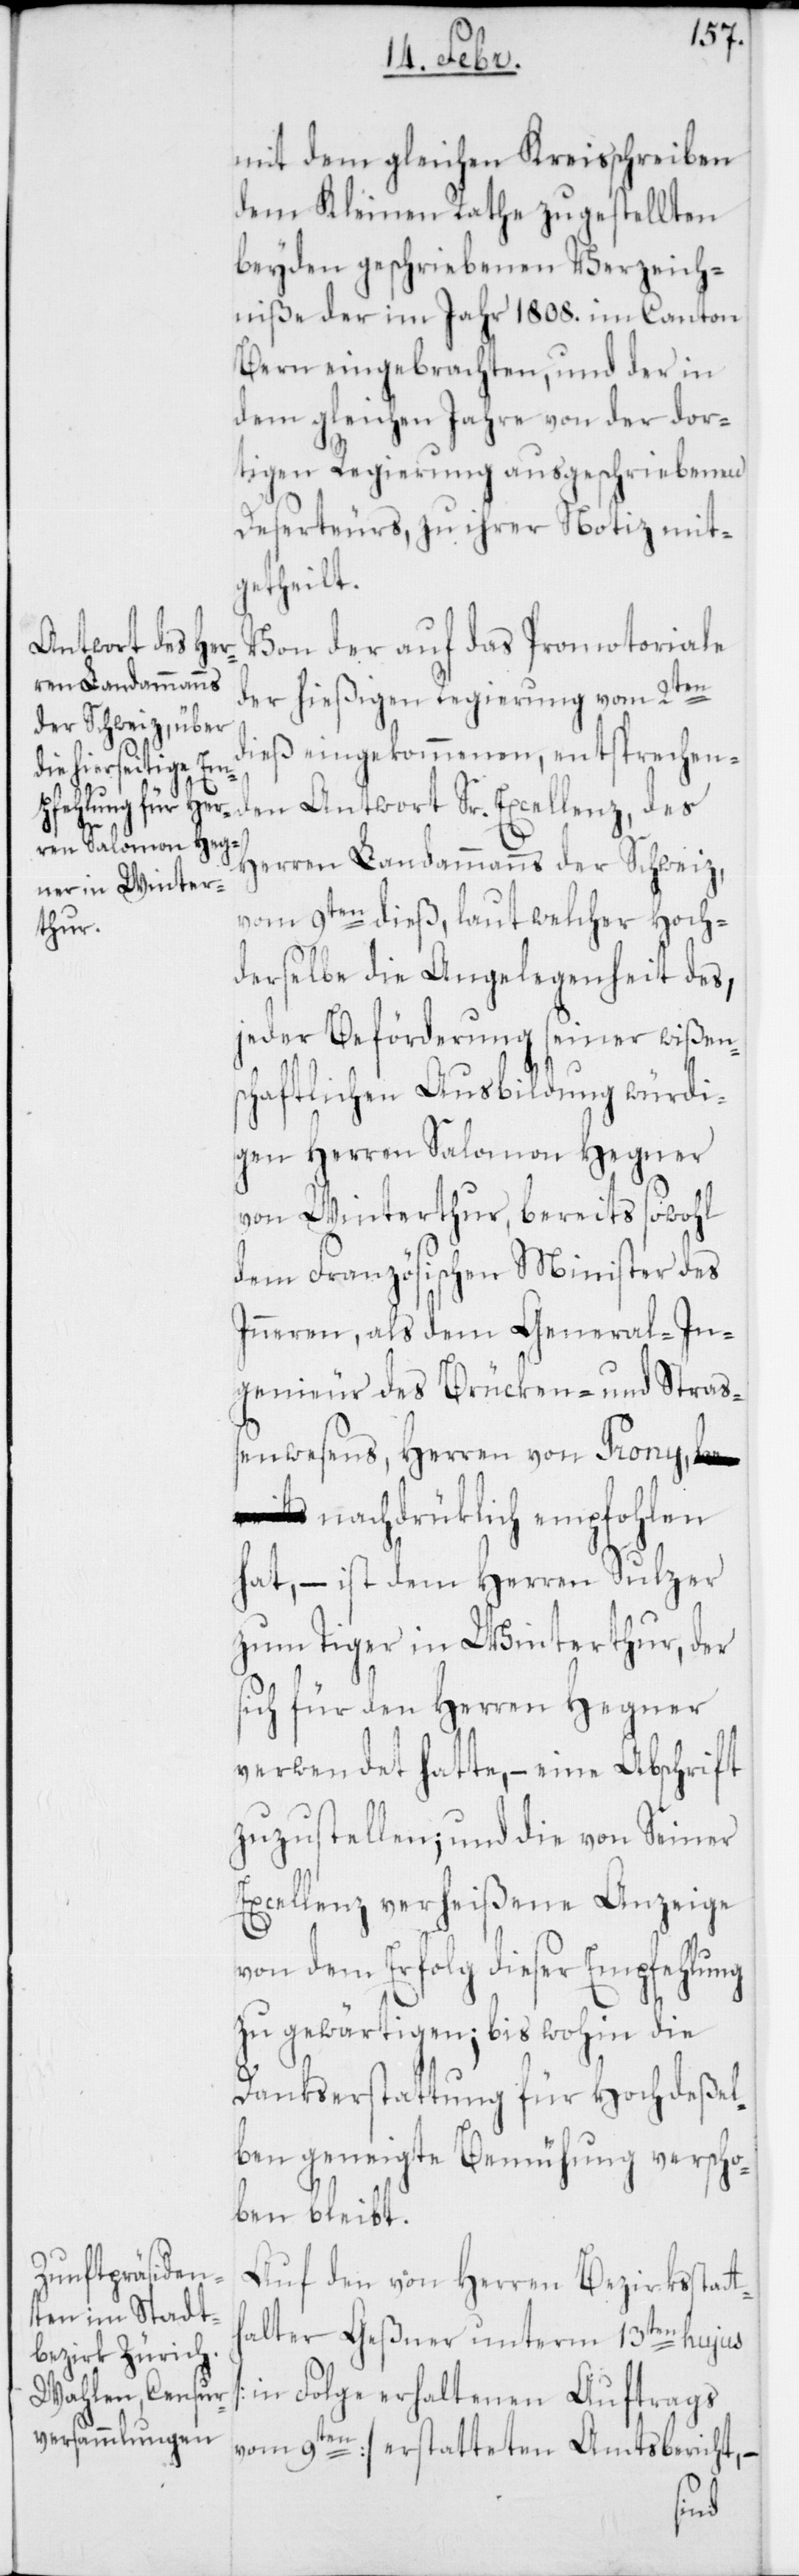
mit dem gleichen Kreisschreiben
dem Kleinen Rathe zugestellten
beyden geschriebenen Verzeich¬
niße der im Jahr 1808. im Canton
Bern eingebrachten, und der in
dem gleichen Jahre von der dor¬
tigen Regierung ausgeschriebenen
Deserteurs, zu ihrer Notiz mit¬
getheilt.
Von der auf das Promotoriale
der hießigen Regierung vom 2ten
dieß eingekommenen, entsprechen¬
den Antwort Sr. Excellenz, des
Herren Landammanns der Schweiz,
vom 9ten dieß, laut welcher hoch¬
derselbe die Angelegenheit des,
jeder Beförderung seiner wißen¬
schaftlichen Ausbildung würdi¬
gen Herren Salomon Hegner
von Winterthur, bereits sowohl
dem Französischen Minister des
Inneren, als dem General-In¬
genieur des Brücken- und Straß¬
enwesens, Herren von Prony,
nachdrüklich empfohlen
hat, – ist dem Herren Sulzer
zum Tiger in Winterthur, der
sich für den Herren Hegner
verwendet hatte, – eine Abschrift
zuzustellen; und die von Seiner
Excellenz verheißene Anzeige
von dem Erfolg dieser Empfehlung
zu gewärtigen; bis wohin die
Dankserstattung für hochdeßel¬
ben geneigte Bemühung verscho¬
ben bleibt.
Auf den von Herren Bezirksstatt¬
halter Geßner unterm 13ten hujus
[in Folge erhaltenen Auftrags
vom 9ten] erstatteten Amtsbericht, –